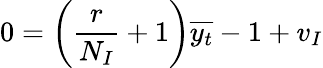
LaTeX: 0=\left(\frac{r}{N_{I}}+1\right)\overline{{y_{t}}}-1+v_{I}